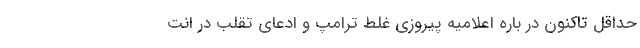
حداقل تاکنون در باره اعلامیه پیروزی غلط ترامپ و ادعای تقلب در انت